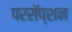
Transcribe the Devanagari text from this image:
परसॅप्शन